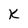
Character: k